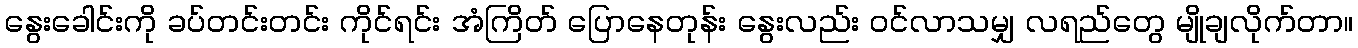
နွေးခေါင်းကို ခပ်တင်းတင်း ကိုင်ရင်း အံကြိတ် ပြောနေတုန်း နွေးလည်း ဝင်လာသမျှ လရည်တွေ မျိုချလိုက်တာ။